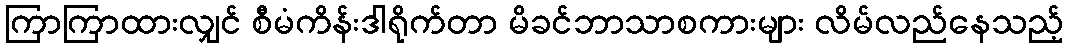
ကြာကြာထားလျှင် စီမံကိန်းဒါရိုက်တာ မိခင်ဘာသာစကားများ လိမ်လည်နေသည့်